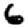
Digit: 6